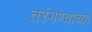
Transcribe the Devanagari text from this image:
तरंगण्याच्या